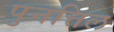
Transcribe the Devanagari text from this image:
पुनत्तिल